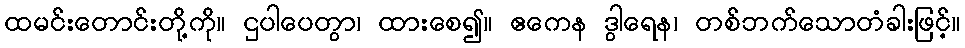
ထမင်းတောင်းတို့ကို။ ဌပါပေတွာ၊ ထားစေ၍။ ဧကေန ဒွါရေန၊ တစ်ဘက်သောတံခါးဖြင့်။